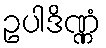
ဥပါဒိဏ္ဏံ